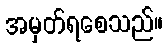
အမှတ်ရစေသည်။